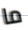
ما